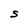
Character: S